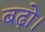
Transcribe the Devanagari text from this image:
बढ़ो।